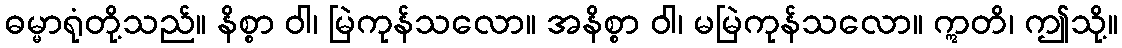
ဓမ္မာရုံတို့သည်။ နိစ္စာ ဝါ၊ မြဲကုန်သလော။ အနိစ္စာ ဝါ၊ မမြဲကုန်သလော။ ဣတိ၊ ဤသို့။